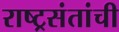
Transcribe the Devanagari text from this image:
राष्ट्रसंतांची